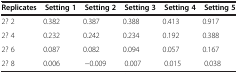
| Replicates | Setting 1 | Setting 2 | Setting 3 | Setting 4 | Setting 5 |
 | --- | --- | --- | --- | --- | --- |
 | 2× 2 | 0.382 | 0.387 | 0.388 | 0.413 | 0.917 |
 | 2× 4 | 0.232 | 0.242 | 0.234 | 0.192 | 0.388 |
 | 2× 6 | 0.087 | 0.082 | 0.094 | 0.057 | 0.167 |
 | 2× 8 | 0.006 | −0.009 | 0.007 | 0.015 | 0.038 |